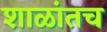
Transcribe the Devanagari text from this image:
शाळांतच